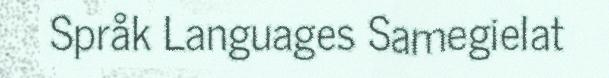
Språk Languages Samegielat